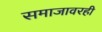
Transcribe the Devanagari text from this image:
समाजावरही